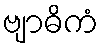
ဗျာဓိကံ